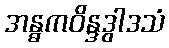
အန္ဓကဝိန္ဒဒွါဒသံ